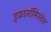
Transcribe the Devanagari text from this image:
इकानॉमिस्तेस